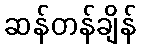
ဆန်တန်ချိန်